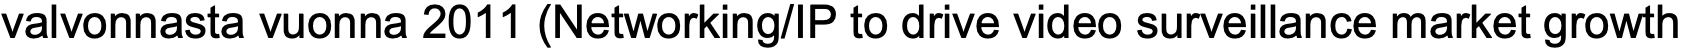
valvonnasta vuonna 2011 (Networking/IP to drive video surveillance market growth